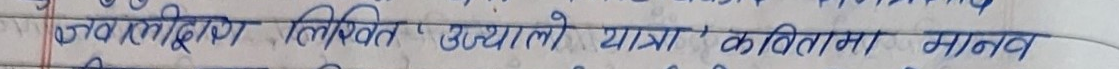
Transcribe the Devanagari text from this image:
फूबलुङागि लिखित 'उज्यालो यात्रा' कवितामा मानक